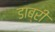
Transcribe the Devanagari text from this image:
डाब्री